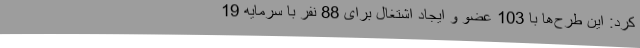
کرد: این طرح‌ها با 103 عضو و ایجاد اشتغال برای 88 نفر با سرمایه 19